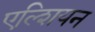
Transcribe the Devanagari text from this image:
एल्शियन